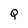
Character: Q